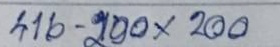
416 - 200 x 200